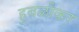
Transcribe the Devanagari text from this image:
हुबळीकर